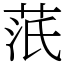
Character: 䓋